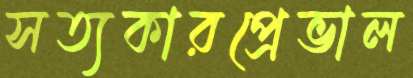
সত্যকারপ্রেভাল